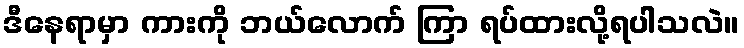
ဒီနေရာမှာ ကားကို ဘယ်လောက် ကြာ ရပ်ထားလို့ရပါသလဲ။